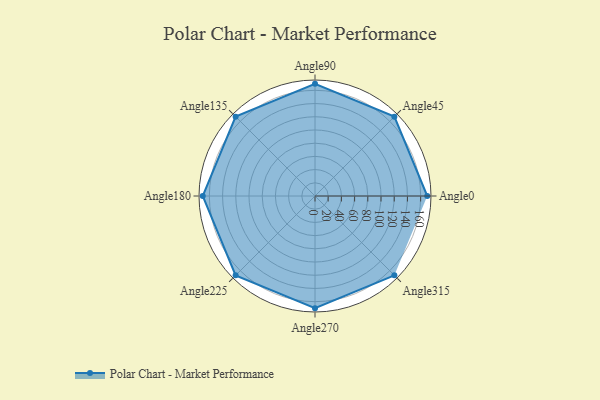
{"axis": {"x": "Angle", "y": "Radius"}, "legend": [""], "data": [{"x": "Angle0", "y": 170, "type": ""}, {"x": "Angle45", "y": 170, "type": ""}, {"x": "Angle90", "y": 170, "type": ""}, {"x": "Angle135", "y": 170, "type": ""}, {"x": "Angle180", "y": 170, "type": ""}, {"x": "Angle225", "y": 170, "type": ""}, {"x": "Angle270", "y": 170, "type": ""}, {"x": "Angle315", "y": 170, "type": ""}]}